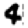
Digit: 4